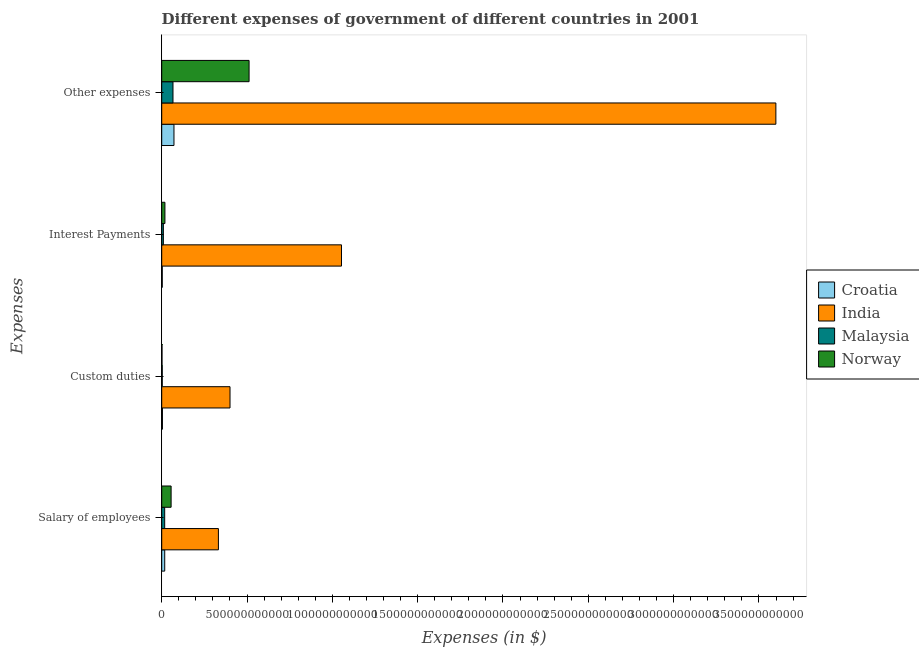
| Expenses | Croatia | India | Malaysia | Norway |
 | --- | --- | --- | --- | --- |
 | Salary of employees | 1.76e+10 | 3.32e+11 | 1.74e+10 | 5.51e+10 |
 | Custom duties | 4.23e+09 | 4e+11 | 3.19e+09 | 1.76e+09 |
 | Interest Payments | 3.26e+09 | 1.05e+12 | 9.63e+09 | 1.88e+10 |
 | Other expenses | 7.18e+10 | 3.6e+12 | 6.61e+10 | 5.12e+11 |